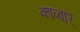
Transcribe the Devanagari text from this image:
काव्वार्